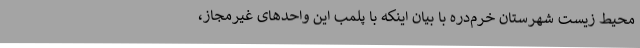
محیط زیست شهرستان خرم‌دره با بیان اینکه با پلمب این واحدهای غیرمجاز،